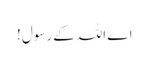
اے اللہ کے رسول !